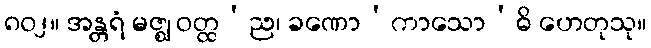
၈၀၂။ အန္တရံ မဇ္ဈ ဝတ္ထ’ည၊ ခဏော’ကာသော’ဓိ ဟေတုသု။